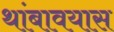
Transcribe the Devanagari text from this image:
थांबावयास